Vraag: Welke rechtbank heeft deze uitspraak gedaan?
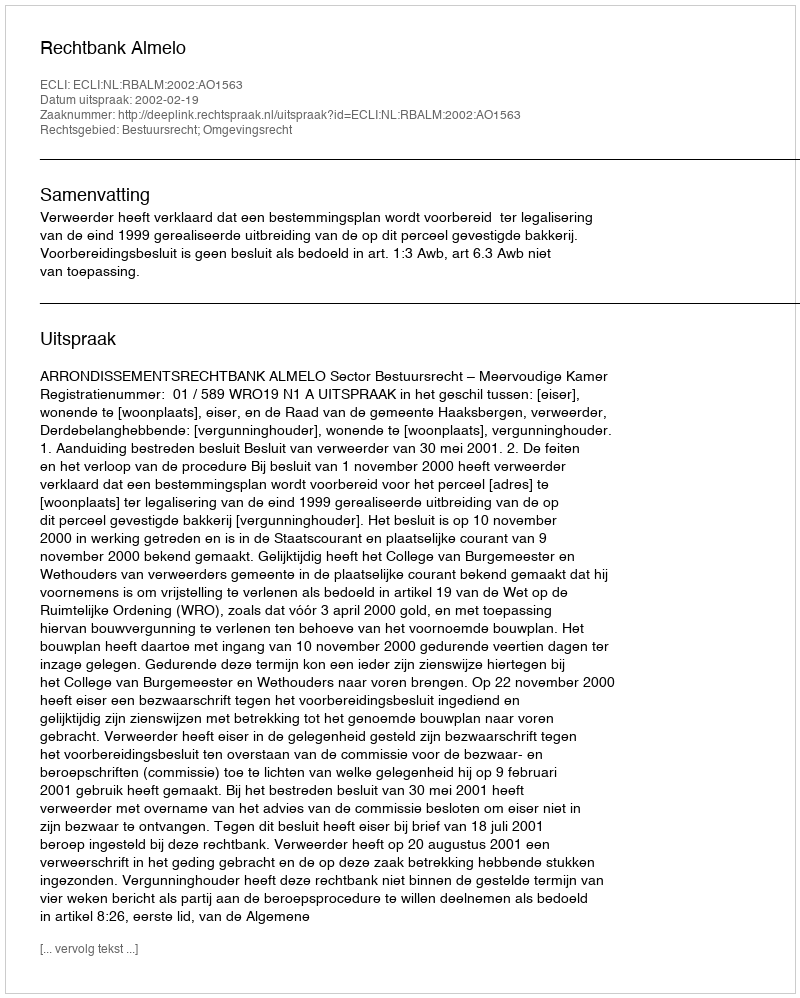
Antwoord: Rechtbank Almelo